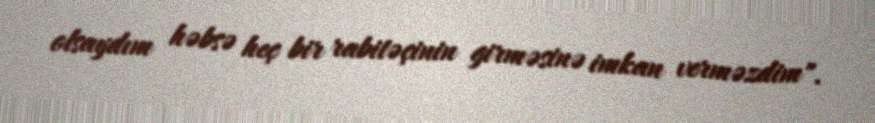
olsaydım həbsə heç bir rabitəçinin girməsinə imkan verməzdim".